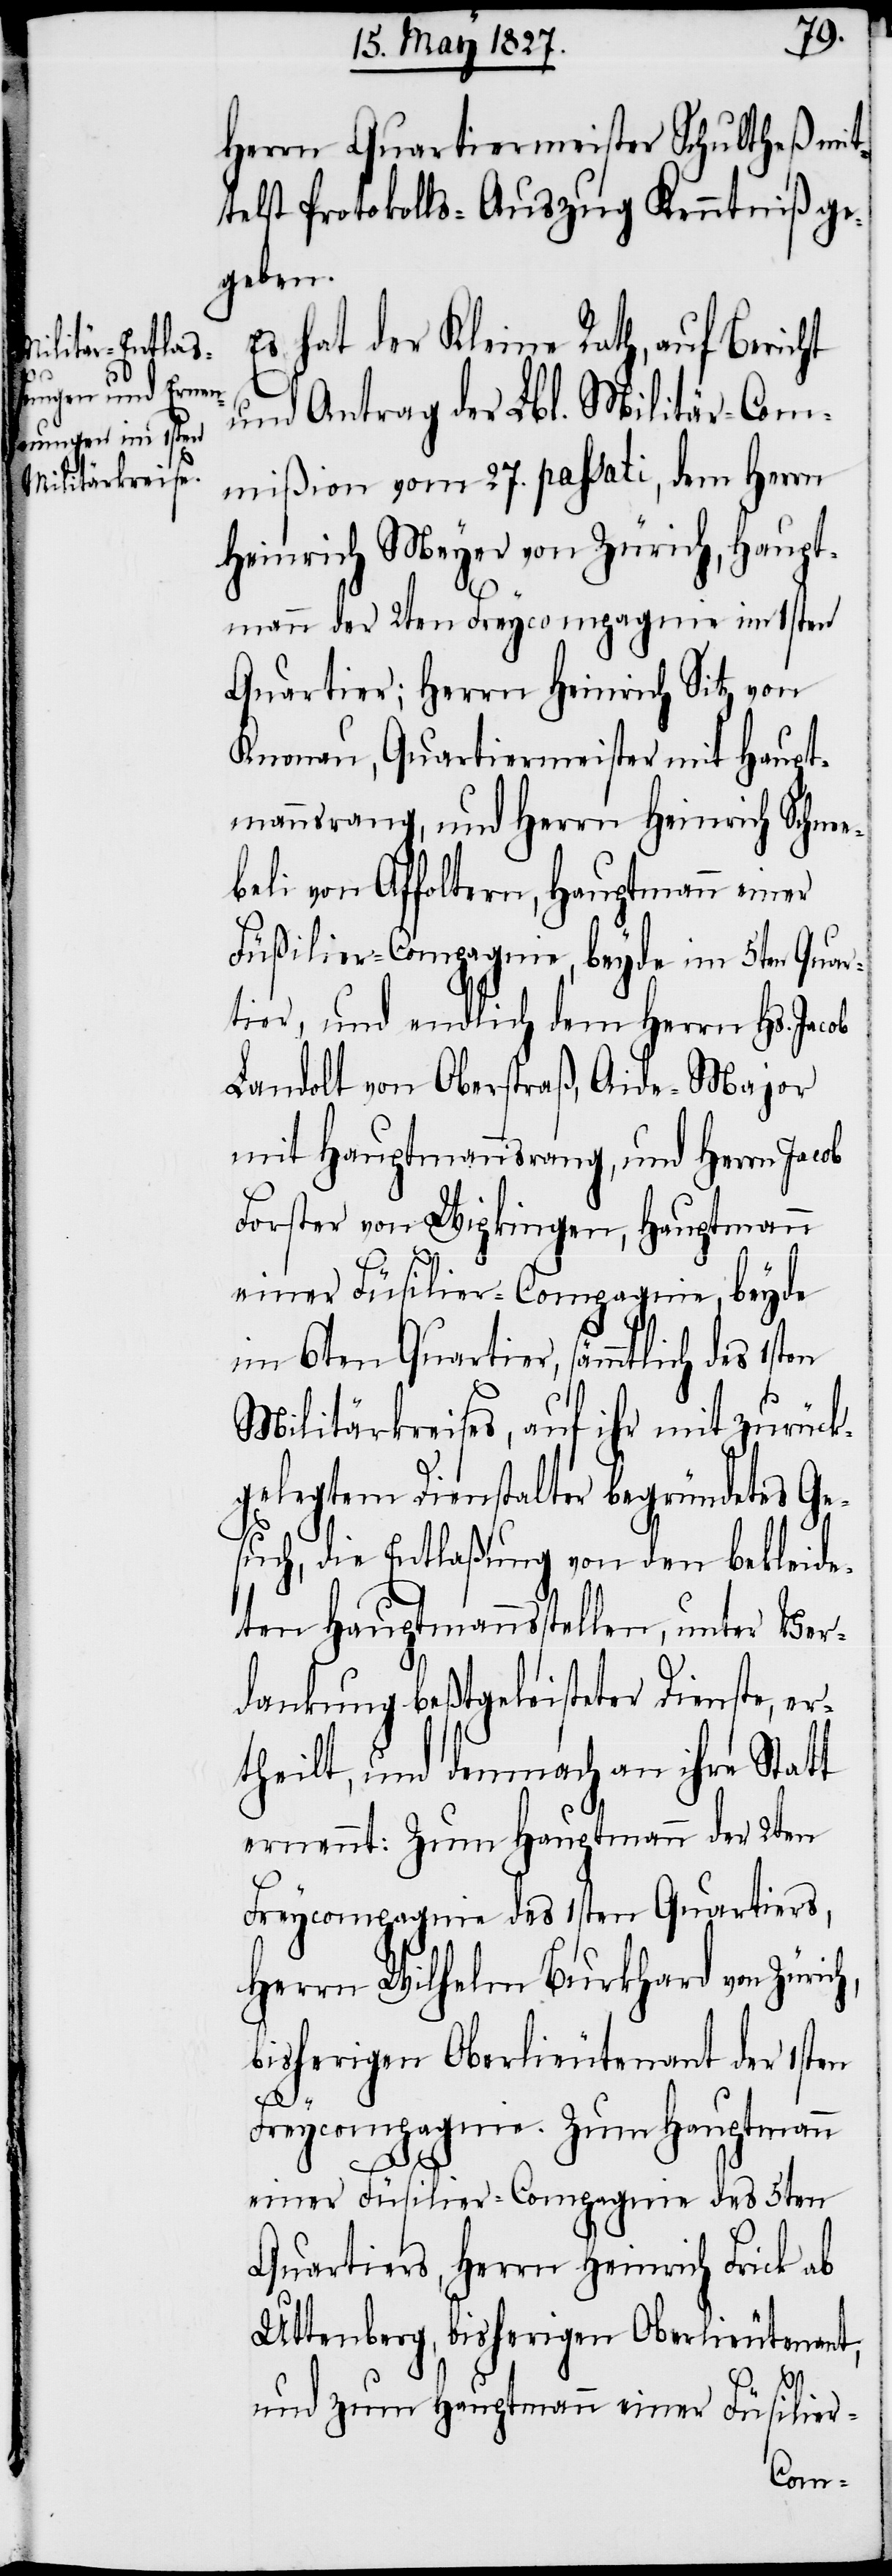
Herrn Quartiermeister Schultheß mit¬
telst Protokolls-Auszug Kenntniß ge¬
geben.
Es hat der Kleine Rath, auf Bericht
und Antrag der Lbl. Militär-Com¬
mißion vom 27. passati, dem Herrn
Heinrich Meyer von Zürich, Haupt¬
mann der 2ten Freycompagnie im 1sten
Quartier; Herrn Heinrich Sitz von
Knonau, Quartiermeister mit Haupt¬
mannsrang, und Herrn Heinrich Schne¬
ebeli von Affoltern, Hauptmann einer
Füßilier-Compagnie, beyde im 5ten Quar¬
tier, und endlich dem Herrn Hs. Jac¬
Landolt von Oberstraß, Aide-Major
mit Hauptmannsrang, und Herrn Jacob
Forster von Wipkingen, Hauptmann
einer Füsilier-Compagnie, beyde
im 6ten Quartier, sämmtlich des 1sten
Militärkreises, auf ihr mit zurück¬
gelegtem Dienstalter begründetes Ge¬
such, die Entlaßung von den bekleide¬
ten Hauptmannsstellen, unter Ver¬
dankung beßtgeleisteter Dienste, er¬
theilt, und demnach an ihre Statt
ernennt: Zum Hauptmann der 2ten
Freycompagnie des 1sten Quartiers,
Herrn Wilhelm Burkhard von Züric¬
bisherigen Oberlieutenant der 1sten
Freycompagnie. Zum Hauptmann
h,
einer Füsilier-Compagnie des 5ten
Quartiers, Herrn Heinrich Frick ab
Uttenberg, bisherigen Oberlieutenant,
und zum Hauptmann einer Füsilier-